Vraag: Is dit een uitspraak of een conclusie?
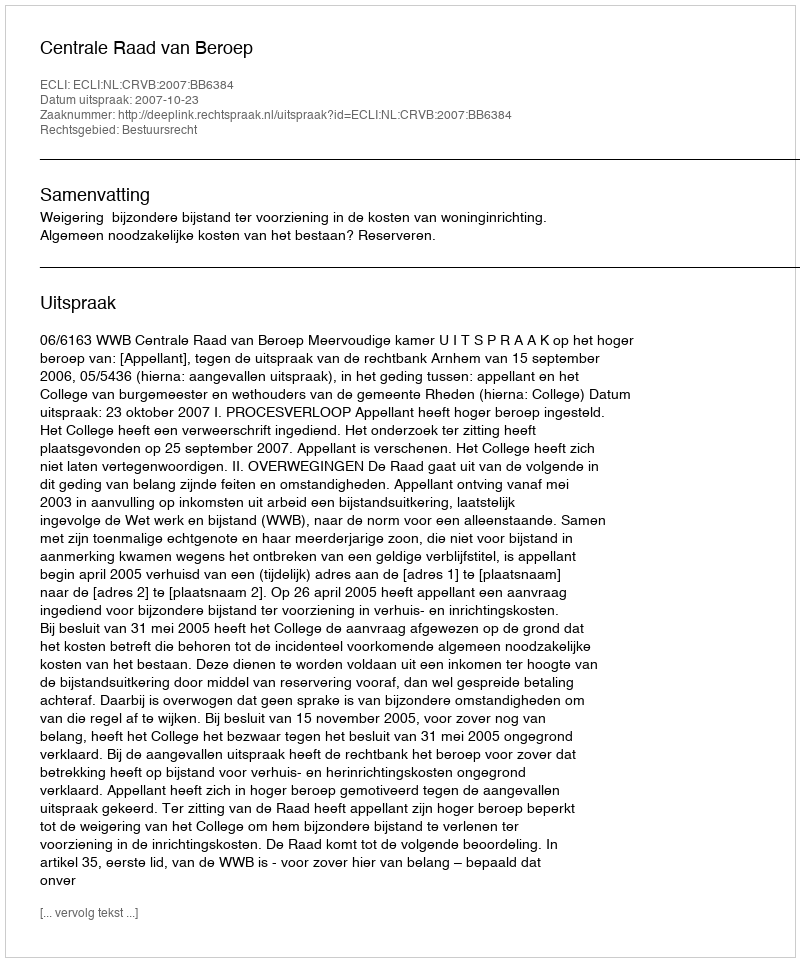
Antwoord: Uitspraak